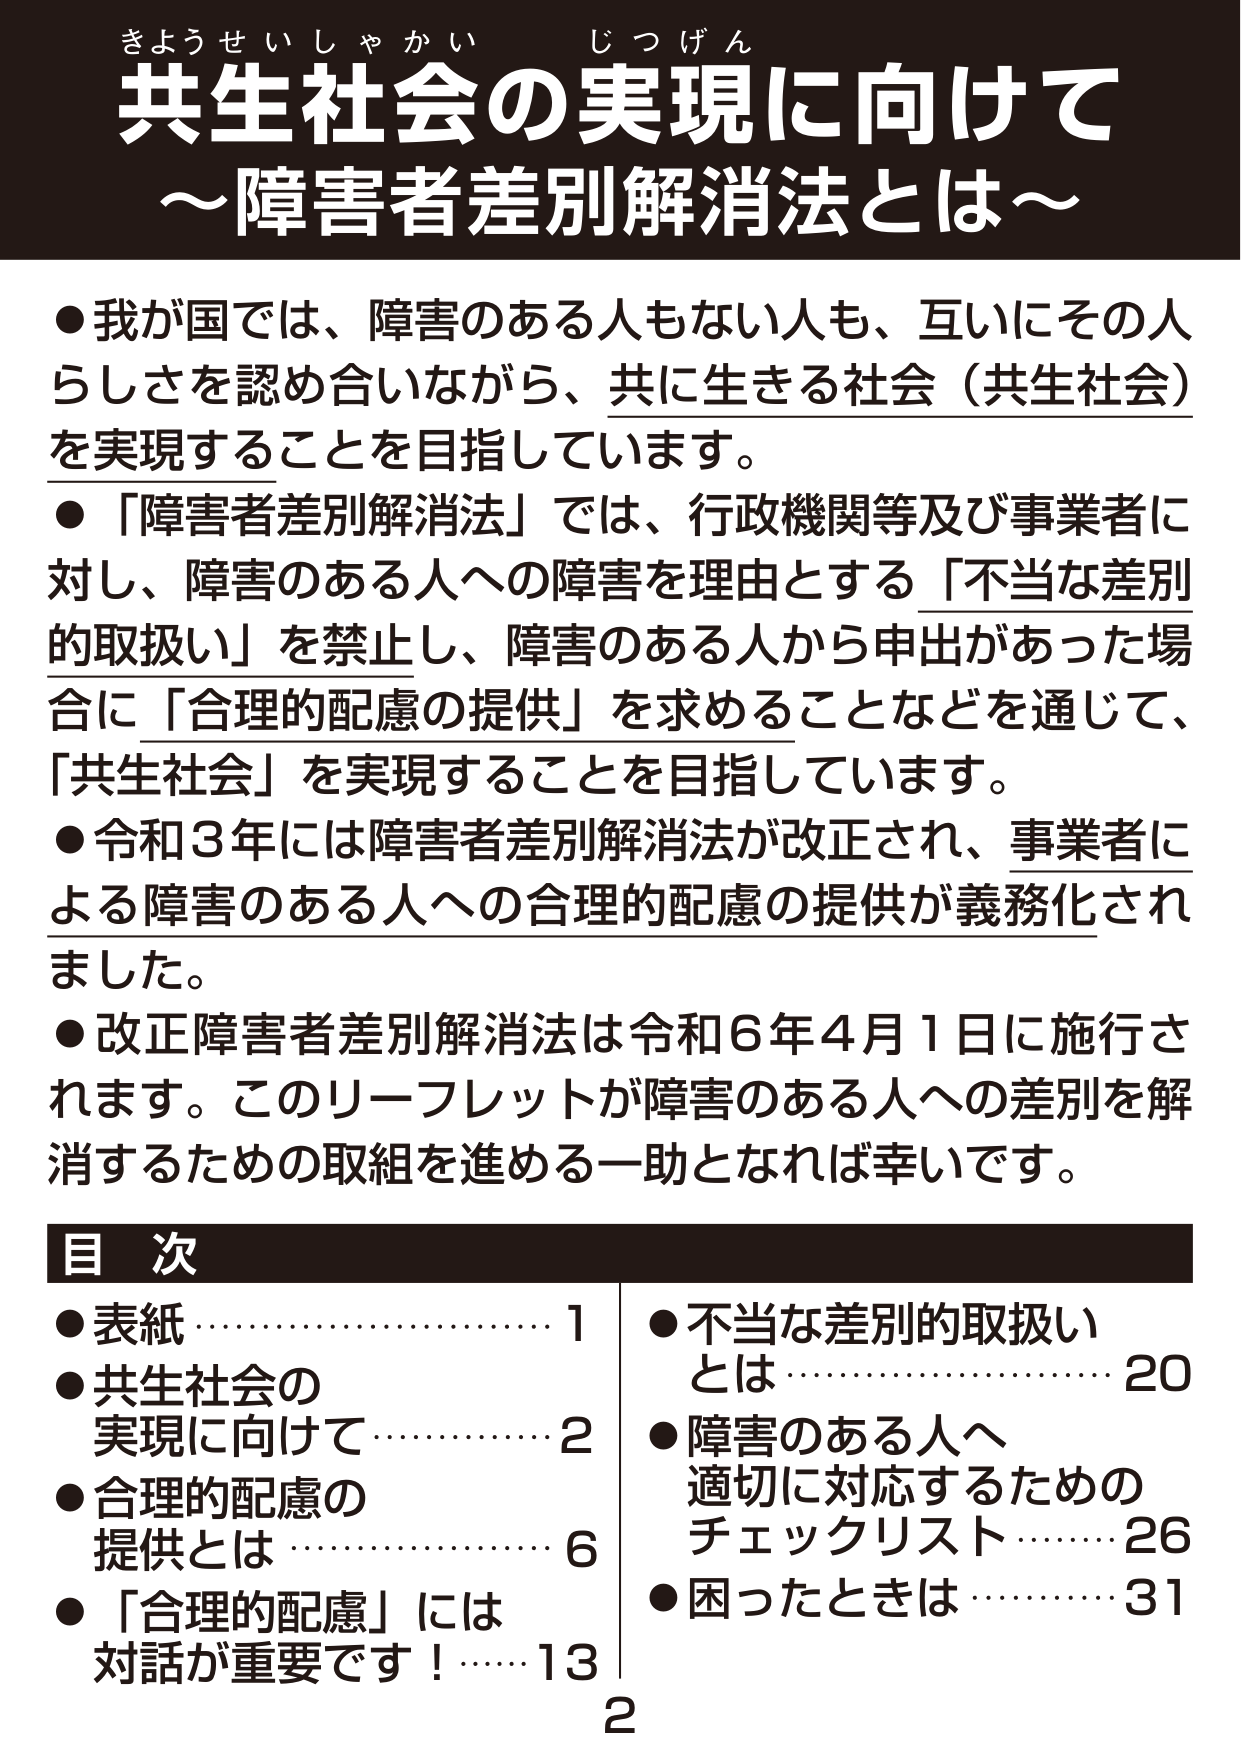
きょうせいしゃかい じつげん
共生社会の実現に向けて
～障害者差別解消法とは～

●我が国では、障害のある人もない人も、互いにその人らしさを認め合いながら、共に生きる社会（共生社会）を実現することを目指しています。
●「障害者差別解消法」では、行政機関等及び事業者に対し、障害のある人への障害を理由とする「不当な差別的取扱い」を禁止し、障害のある人から申出があった場合に「合理的配慮の提供」を求めることなどを通じて、「共生社会」を実現することを目指しています。
●令和3年には障害者差別解消法が改正され、事業者による障害のある人への合理的配慮の提供が義務化されました。
●改正障害者差別解消法は令和6年4月1日に施行されます。このリーフレットが障害のある人への差別を解消するための取組を進める一助となれば幸いです。

目次
●表紙 ……………………………… 1
●共生社会の
　実現に向けて …………………… 2
●合理的配慮の
　提供とは ……………………… 6
●「合理的配慮」には
　対話が重要です！ …………… 13
●不当な差別的取扱い
　とは …………………………… 20
●障害のある人へ
　適切に対応するための
　チェックリスト ……………… 26
●困ったときは …………………… 31

2